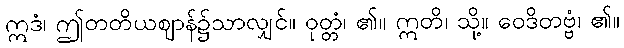
ဣဒံ၊ ဤတတိယဈာန်၌သာလျှင်။ ဝုတ္တံ၊ ၏။ ဣတိ၊ သို့။ ဝေဒိတဗ္ဗံ၊ ၏။